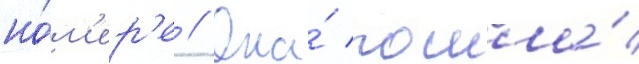
но́м'ер'е // Она́ пошла́